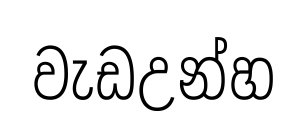
වැඩඋන්හ